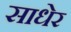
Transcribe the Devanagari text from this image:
साधेर